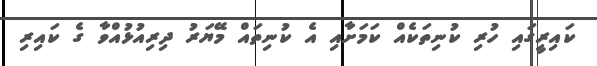
ކައިރީގައި ހުރި ކުނިތަކެއް ކަމަށާއި އެ ކުނިތައް މޭޔަރު ދިރިއުޅުއްވާ ގެ ކައިރި